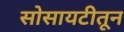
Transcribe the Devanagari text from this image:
सोसायटीतून